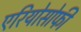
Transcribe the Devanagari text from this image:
एरियोसोफी